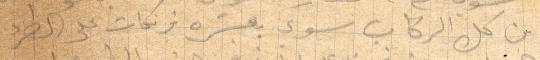
من كل الركاب سوى بعشرة فرنكات على الطرء